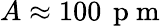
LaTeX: A\approx 100\, \mathrm{~p~m~}